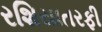
રશિયાતરફી